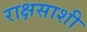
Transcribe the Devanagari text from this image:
राक्षसाशी